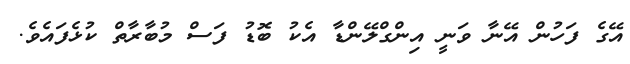
އޭގެ ފަހުން އޭނާ ވަނީ އިންގްލޭންޑާ އެކު ބޮޑު ފަސް މުބާރާތް ކުޅެފައެވެ.